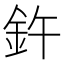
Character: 𫒍